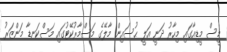
މީސް މީޑިއާގައި މިހާރު ދަނީ އަލީ ޙުސައިން މާލޭގެ މަސްމާރުކޭޓުގައި މަސްކަނޑާ މަންޒަރު